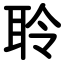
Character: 聆